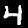
Digit: 4